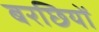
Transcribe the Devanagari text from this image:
बरछियों